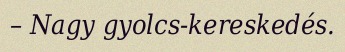
– Nagy gyolcs-kereskedés.